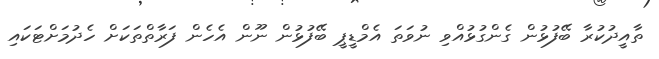
ތާއީދުކުރާ ބޭފުޅުން ގެންގުޅުއްވި ނުވަތަ އެމްޑީޕީ ބޭފުޅުން ނޫން އެހެން ފަރާތްތަކަށް ހެދުމަށްޓަކައި